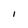
Character: l